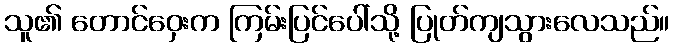
သူ၏ တောင်ဝှေးက ကြမ်းပြင်ပေါ်သို့ ပြုတ်ကျသွားလေသည်။